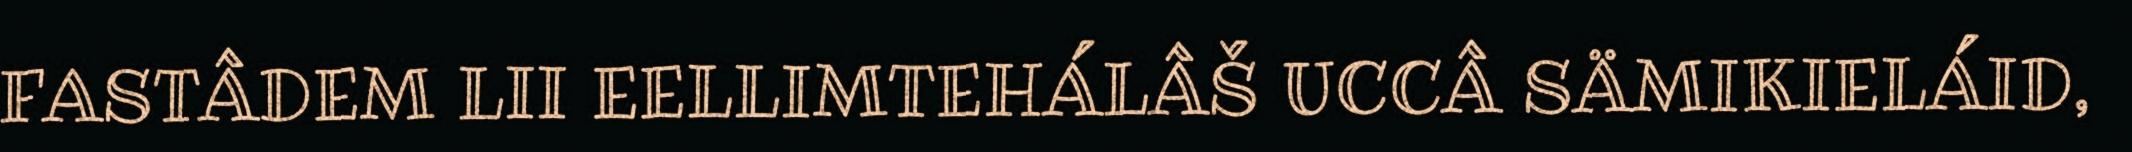
FASTÂDEM LII EELLIMTEHÁLÂŠ UCCÂ SÄMIKIELÁID,